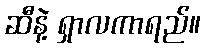
ဆီနဲ့ ရှာလကာရည်။